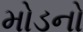
મોડનો